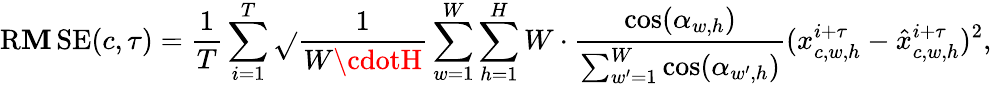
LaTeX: \operatorname{R\mathbf{M}SE}(c,\tau)=\frac{{1}}{{T}}\sum_{i=1}^{T}\sqrt{}{{\frac{{1}}{{W\cdotH}}\sum_{w=1}^{W}\sum_{h=1}^{H}W\cdot\frac{{\cos(\alpha_{w,h})}}{{\sum_{w^{\prime}=1}^{W}\cos(\alpha_{w^{\prime},h})}}(x_{c,w,h}^{i+\tau}-\hat{{x}}_{c,w,h}^{i+\tau})^{2}}},